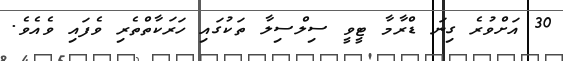
30 އަށްވުރެ ގިނަ ޑްރާމާ ޓީވީ ސިލްސިލާ ތަކުގައި ހަރަކާތްތެރި ވެފައި ވެއެވެ.